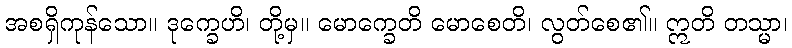
အစရှိကုန်သော။ ဒုက္ခေဟိ၊ တို့မှ။ မောက္ခေတိ မောစေတိ၊ လွတ်စေ၏။ ဣတိ တသ္မာ၊